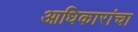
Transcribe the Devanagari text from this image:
आधिकारांचा